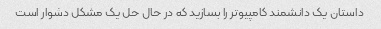
داستان یک دانشمند کامپیوتر را بسازید که در حال حل یک مشکل دشوار است